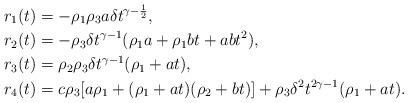
LaTeX: \begin{align*}r_1(t) &= -\rho_1\rho_3 a\delta t^{\gamma-\frac12}, \\r_2(t) &= - \rho_3\delta t^{\gamma-1}(\rho_1 a + \rho_1bt + abt^2 ), \\r_3(t) &= \rho_2\rho_3\delta t^{\gamma-1}(\rho_1 + at), \\r_4(t) &= c\rho_3[a\rho_1 + (\rho_1 + at)(\rho_2 + bt)] + \rho_3\delta^2 t^{2\gamma - 1}(\rho_1 + at).\end{align*}